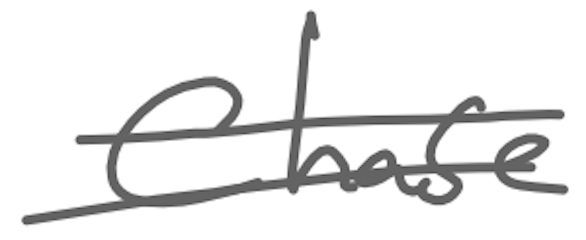
Text: Chase
Cross-out: double-line
Writing tool: digital_gray